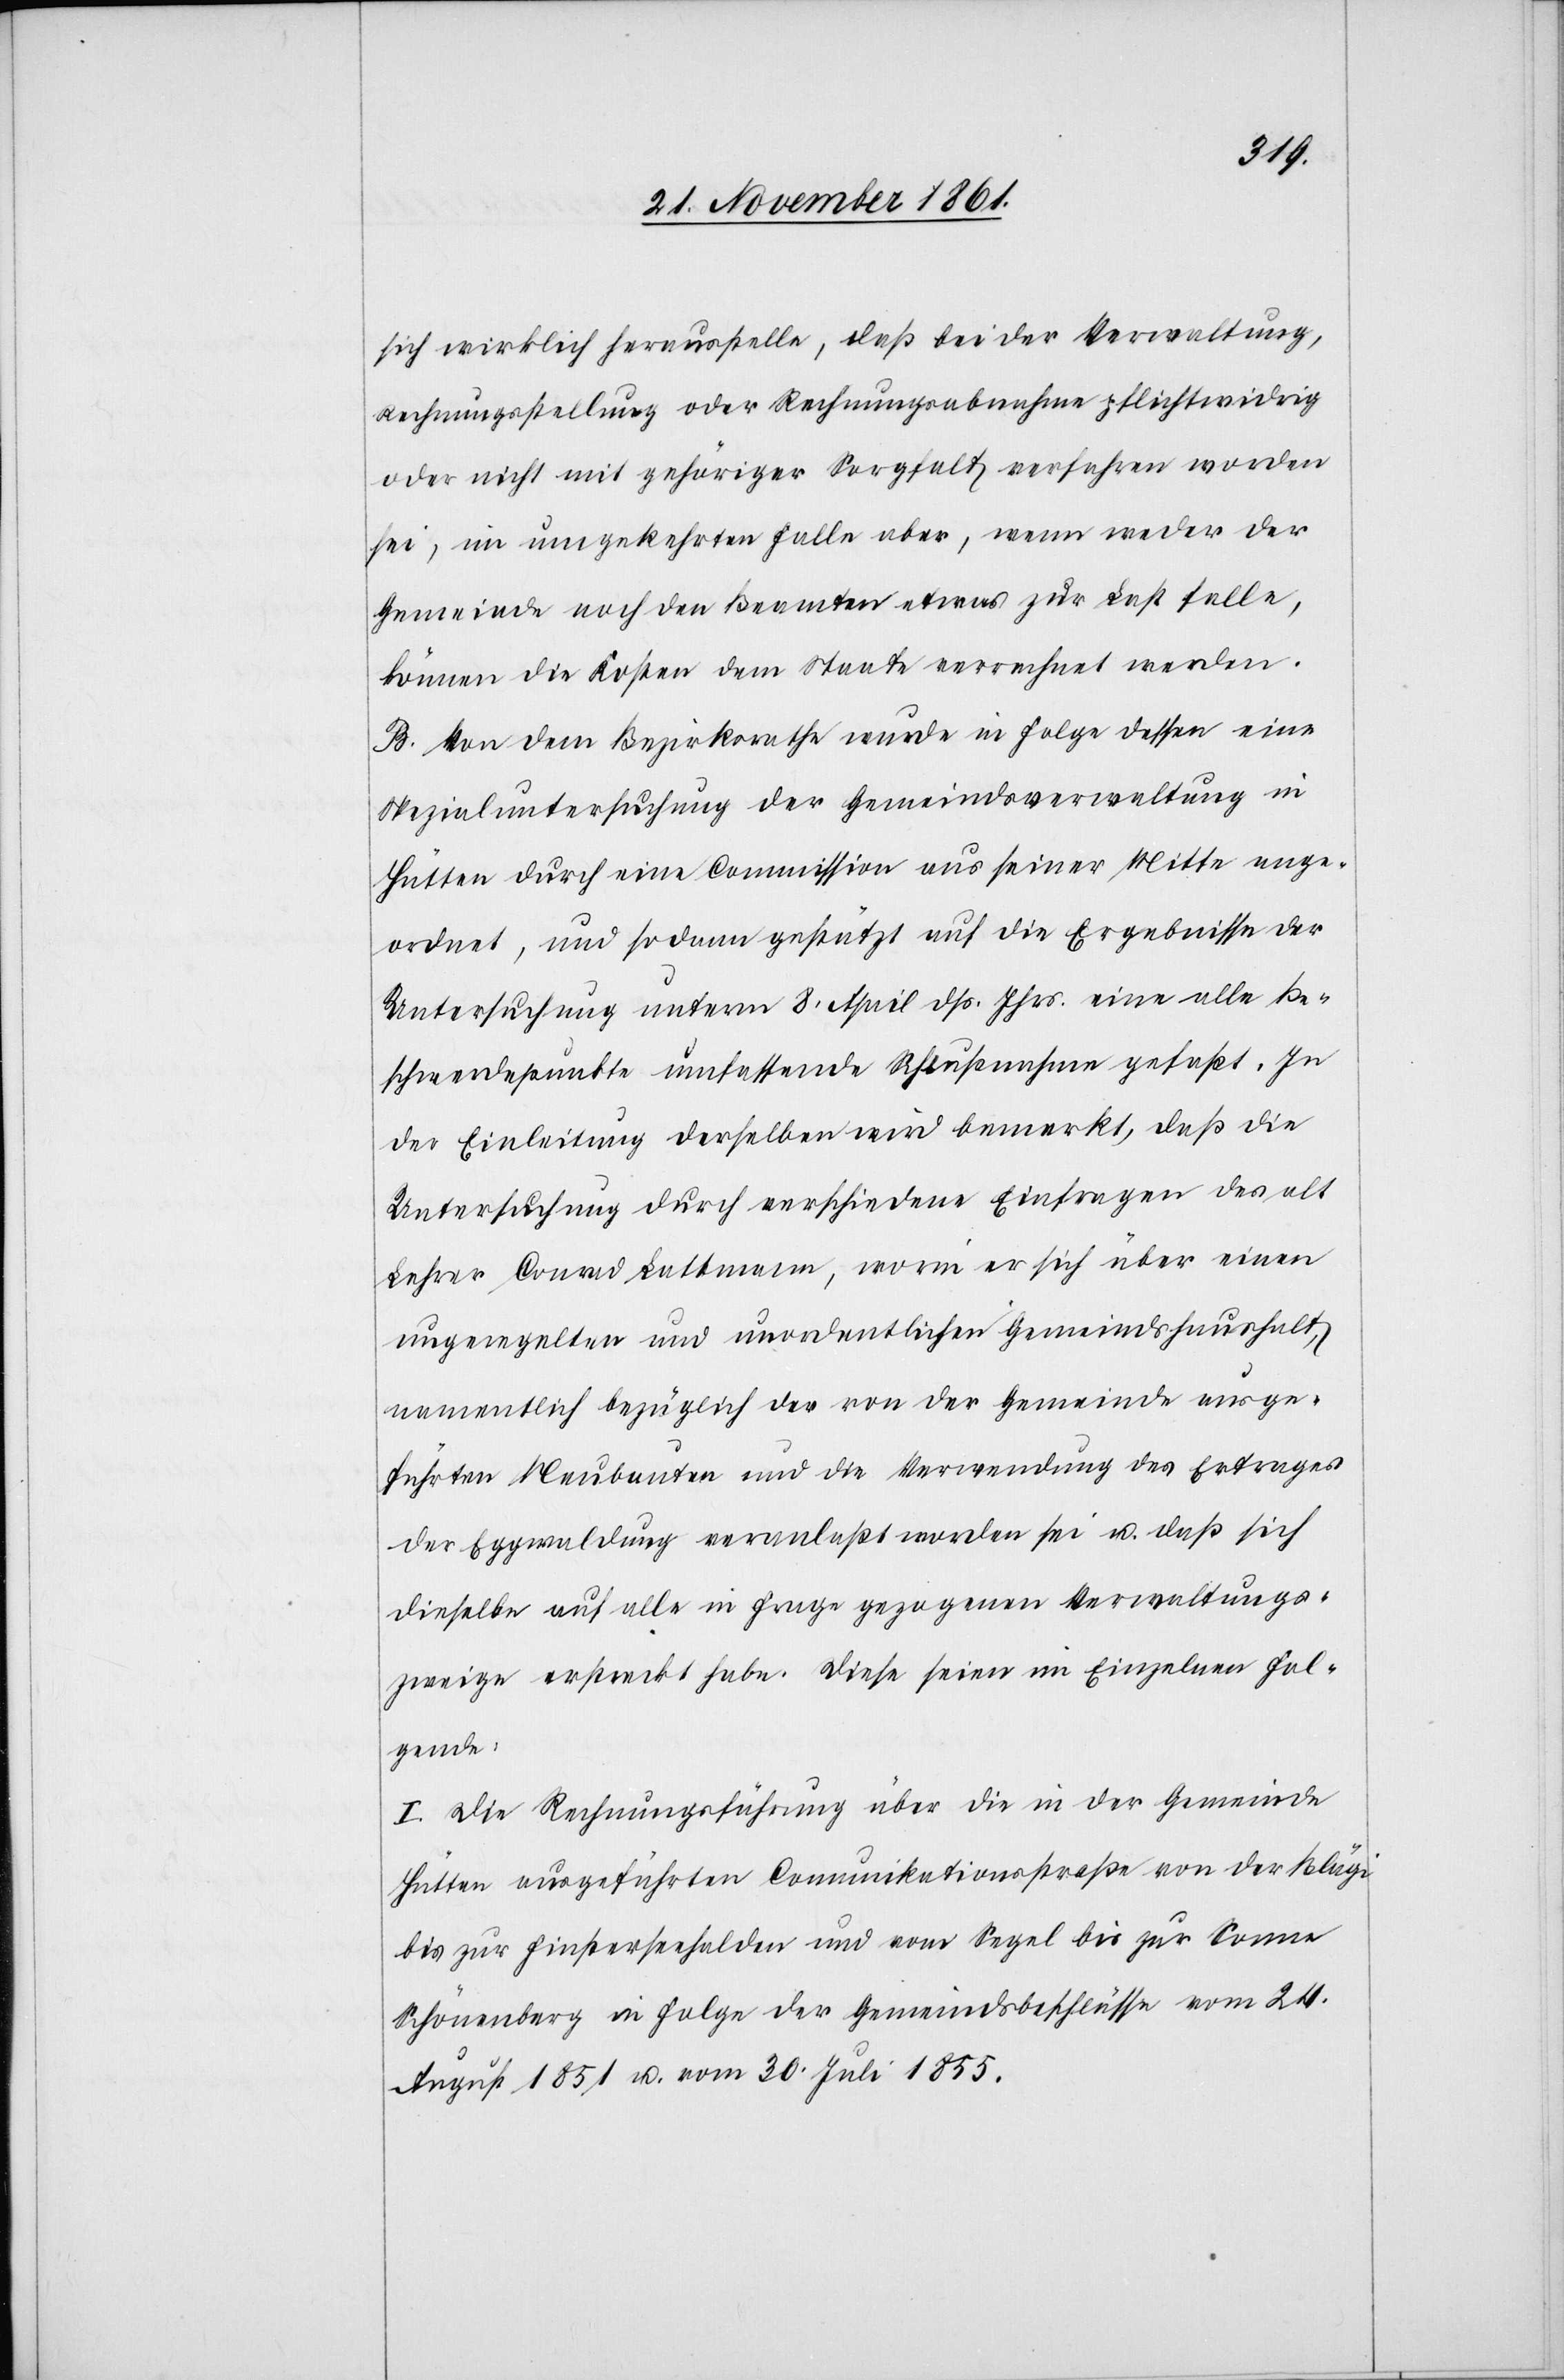
sich wirklich herausstelle, daß bei der Verwaltung,
Rechnungsstellung oder Rechnungsabnahme pflichtwidrig
oder nicht mit gehöriger Sorgfalt verfahren worden
sei, im umgekehrten Falle aber, wenn weder der
Gemeinde noch den Beamten etwas zur Last falle,
können die Kosten dem Staate verrechnet werden.
B. Von dem Bezirksrathe wurde in Folge dessen eine
Spezialuntersuchung der Gemeindsverwaltung in
Hütten durch eine Commission aus seiner Mitte ange¬
ordnet, und sodann gestützt auf die Ergebnisse der
Untersuchung unterm 8 April dß. Js. eine alle Be¬
schwerdepunkte umfassende Schlußnahme gefaßt. In
der Einleitung derselben wird bemerkt, daß die
Untersuchung durch verschiedene Einfragen des alt
Lehrer Conrad Lattmann, worin er sich über einen
ungeregelten und unordentlichen Gemeindshaushalt,
namentlich bezüglich der von der Gemeinde ausge¬
führten Neubauten und die Verwendung des Ertrages
der Eggwaldung veranlaßt worden sei u. daß sich
dieselbe auf alle in Frage gezogenen Verwaltungs¬
zweige erstreckt habe. Diese seien im Einzelnen fol¬
gende:
I. Die Rechnungsführung über die in der Gemeinde
Hütten ausgeführten Communikationsstraße von der Blägi
bis zur Finsterseehalden und von Segel bis zur Sonne
Schönenberg in Folge der Gemeindsbeschlüsse vom 24
August 1851 u. vom 30 Juli 1855.